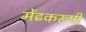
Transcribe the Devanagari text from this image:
मेंढकरूपी